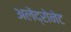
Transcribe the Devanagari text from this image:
अलेंद्रोनेट